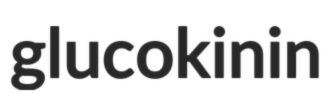
glucokinin